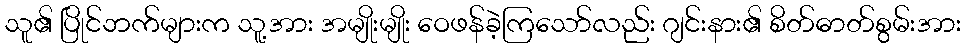
သူ၏ ပြိုင်ဘက်များက သူ့အား အမျိုးမျိုး ဝေဖန်ခဲ့ကြသော်လည်း ဂျင်းနား၏ စိတ်ဓာတ်စွမ်းအား